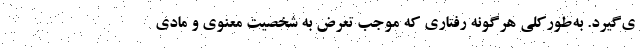
ی‌گیرد. به‌طورکلی هرگونه رفتاری که موجب تعرض به شخصیت معنوی و مادی